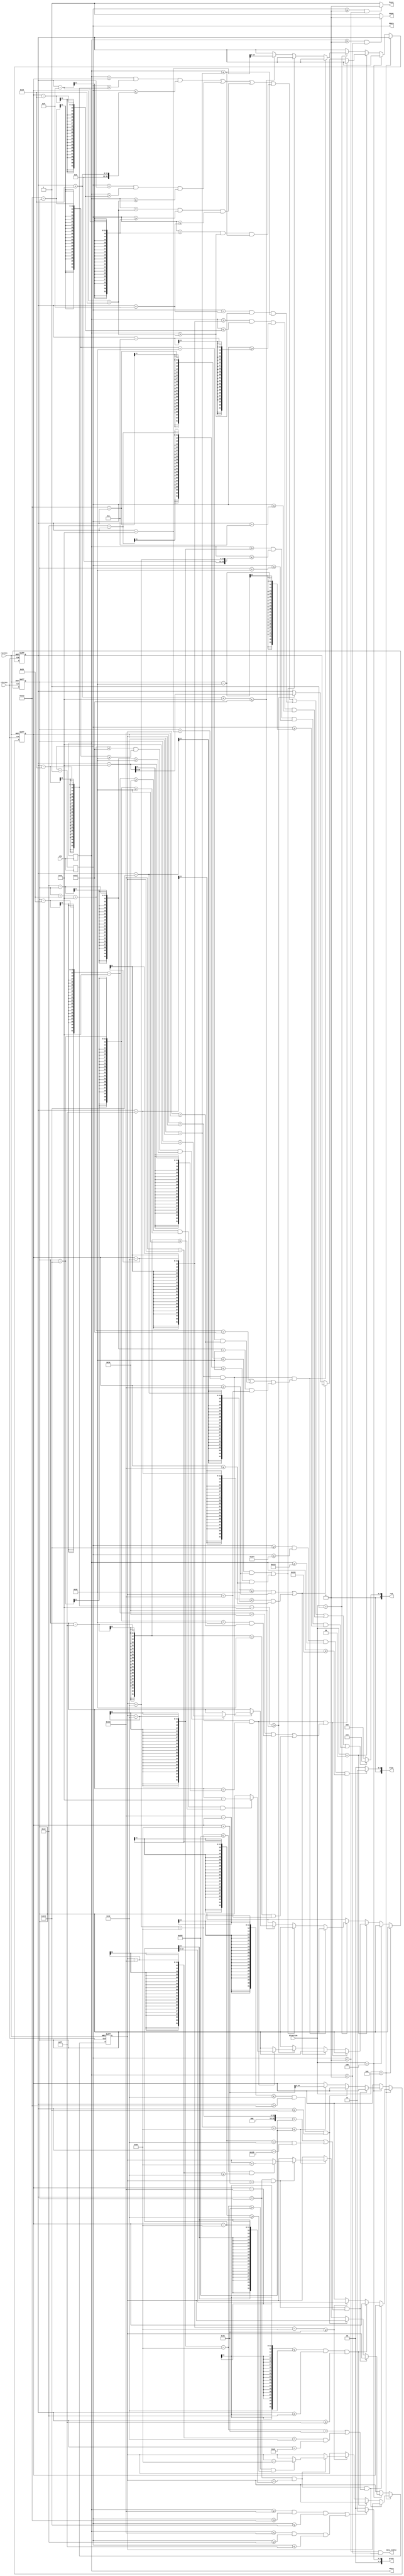
`timescale 1ns / 1ps
//
// WIDTH: bits in register hdata & vdata
// HSIZE: horizontal size of visible field 
// HFP: horizontal front of pulse
// HSP: horizontal stop of pulse
// HMAX: horizontal max size of value
// VSIZE: vertical size of visible field 
// VFP: vertical front of pulse
// VSP: vertical stop of pulse
// VMAX: vertical max size of value
// HSPP: horizontal synchro pulse polarity (0 - negative, 1 - positive)
// VSPP: vertical synchro pulse polarity (0 - negative, 1 - positive)
//
module vga_game
#(parameter WIDTH = 0, HSIZE = 0, HFP = 0, HSP = 0, HMAX = 0, VSIZE = 0, VFP = 0, VSP = 0, VMAX = 0, HSPP = 0, VSPP = 0)
(
    input wire clk,
    //output reg [18:0] addr,
    output reg [WIDTH - 1:0] hdata,
    output reg [WIDTH - 1:0] vdata,
    output wire hsync,
    output wire vsync,
    output wire data_enable,
    
    output wire[3:0] red,
    output wire[3:0] green,
    output wire[2:0] blue,

   input wire rst_btn,
   input wire clk_btn,
   input wire[3:0] direction
);

reg[3:0] red_temp;
reg[3:0] green_temp;
reg[3:0] blue_temp;

reg[10:0] people_center_v;
reg[10:0] people_center_h;
reg[10:0] box_center_v;
reg[10:0] box_center_h;
reg[10:0] target_center_v;
reg[10:0] target_center_h;

// init
initial begin
    hdata <= 0;
    vdata <= 0;
    red_temp <= 0;
    green_temp <= 0;
    blue_temp <= 0;
    people_center_v <= 11'b0 + 300;
    people_center_h <= 11'b0 + 100;
    box_center_v <= 11'b0 + 300;
    box_center_h <= 11'b0 + 165;
    target_center_v <= 11'b0 + 500;
    target_center_h <= 11'b0 + 620;
    //addr <= 19'b0;
end

assign red = red_temp;
assign green = green_temp;
assign blue = blue_temp;

always @ (*) begin
    red_temp <= (((vdata == people_center_v && hdata >= people_center_h - 25 && hdata <= people_center_h + 25) || (hdata == people_center_h && vdata >= people_center_v - 25 && vdata <= people_center_v + 25) || (vdata == people_center_v + 25 && hdata >= people_center_h - 15 && hdata <= people_center_h + 15) || (hdata == people_center_h - 15 && vdata >= people_center_v + 25 && vdata <= people_center_v + 50) || (hdata == people_center_h + 15 && vdata >= people_center_v + 25 && vdata <= people_center_v + 50) || (vdata >= people_center_v - 50 && vdata <= people_center_v - 25 && hdata >= people_center_h - 10 && hdata <= people_center_h + 10)) || (vdata >= box_center_v - 50 && vdata <= box_center_v + 50 && hdata <= box_center_h + 40 && hdata >= box_center_h - 40)) ? 3'b111 : 0;
    blue_temp <= (hdata >= target_center_h - 40 && hdata <= target_center_h + 40 && vdata >= target_center_v - 50 && vdata <= target_center_v + 50 ) ? 3'b011:0;
    green_temp <= (vdata >= 350 && hdata >= 530 && hdata <= 580) || (vdata <= 350 && hdata >= 205 && hdata <= 255) ? 3'b011:0;
end

always @ (posedge clk_btn or posedge rst_btn) begin
    if(rst_btn) begin
        people_center_v <= 11'b0 + 300;
        people_center_h <= 11'b0 + 100;
        box_center_v <= 11'b0 + 300;
        box_center_h <= 11'b0 + 165;
    end else begin
    if(direction == 4'b1000) begin          // up
        if(people_center_h == box_center_h && box_center_v == people_center_v - 100 && (box_center_v - 50 - 100 < 75 || (box_center_v - 350 == 50 && people_center_h == 230))) begin
        
        end else if(people_center_v - 350 <= 50 && people_center_h >= 205 && people_center_h <= 255) begin
        
        end else if(people_center_v - 50 - 100 >= 75) begin
            people_center_v <= people_center_v - 100;
            if(box_center_v == people_center_v - 100 && people_center_h == box_center_h) begin
                if(box_center_v - 50 - 100 >= 75 && 350 - box_center_v >= 50) begin
                    box_center_v <= box_center_v - 100;
                end
            end
        end
    end else if(direction == 4'b0100) begin  //down
        if(people_center_h == box_center_h && box_center_v == people_center_v + 100 && (box_center_v + 50 + 100 > 599 || (350 - box_center_v == 50 && people_center_h == 555))) begin
        
        end else if(350 - people_center_v <= 50 && people_center_h >= 530 && people_center_h <= 580) begin
        
        end else if(people_center_v + 50+ 100 <= 599) begin
            people_center_v <= people_center_v + 100;
            if(box_center_v == people_center_v + 100 && people_center_h == box_center_h) begin
                if(box_center_v + 50 + 100 <= 599 && box_center_v - 350 >= 50) begin
                    box_center_v <= box_center_v + 100;
                end
            end
        end
    end else if(direction == 4'b0010) begin  //left
        if(people_center_v == box_center_v &&  box_center_h == people_center_h - 65 && (box_center_h - 37 - 65 < 20 || (box_center_h - 580 == 40 && box_center_v > 350) || (box_center_h - 255 == 40 && box_center_v < 350))) begin
        
        end else if((people_center_h - 580 <= 40 && people_center_v >= 350) || (people_center_h - 255 <= 40 && people_center_v <= 350)) begin
        
        end else if(people_center_h - 25 - 65 >= 20) begin
            people_center_h <= people_center_h - 65;
            if(box_center_h == people_center_h - 65 && people_center_v == box_center_v) begin
                if(box_center_h - 37 - 65 >= 20 && box_center_h - 580 >= 40 && box_center_h - 255 >= 40) begin
                    box_center_h <= box_center_h - 65;
                end
            end
        end
    end else if(direction == 4'b0001) begin  //right
        if(people_center_v == box_center_v && box_center_h == people_center_h + 65 && (box_center_h + 37 + 65 > 799 || (530 - box_center_h == 40 && box_center_v > 350) || (205 - box_center_h == 40 && box_center_v < 350))) begin
        
        end else if((530 - people_center_h <= 40 && people_center_v >= 350) || (205 - people_center_h <= 40 && people_center_v <= 350)) begin
        
        end else if(people_center_h + 25 + 65 <= 799) begin
            people_center_h <= people_center_h + 65;
            if(box_center_h == people_center_h + 65 && people_center_v == box_center_v) begin
                if(box_center_h + 37 + 65 <= 799 && 530 - box_center_h >= 40 && 205 - box_center_h >= 40) begin
                    box_center_h <= box_center_h + 65;
                end
            end
        end
    end
    end
  
end

// hdata
always @ (posedge clk)
begin
    if (hdata == (HMAX - 1))
        hdata <= 0;
    else
        hdata <= hdata + 1;
end

// vdata
always @ (posedge clk)
begin
    if (hdata == (HMAX - 1)) 
    begin
        if (vdata == (VMAX - 1))
            vdata <= 0;
        else
            vdata <= vdata + 1;
    end
end

// hsync & vsync & blank
assign hsync = ((hdata >= HFP) && (hdata < HSP)) ? HSPP : !HSPP;
assign vsync = ((vdata >= VFP) && (vdata < VSP)) ? VSPP : !VSPP;
assign data_enable = ((hdata < HSIZE) & (vdata < VSIZE));

endmodule